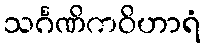
သင်္ဂဏိကဝိဟာရံ